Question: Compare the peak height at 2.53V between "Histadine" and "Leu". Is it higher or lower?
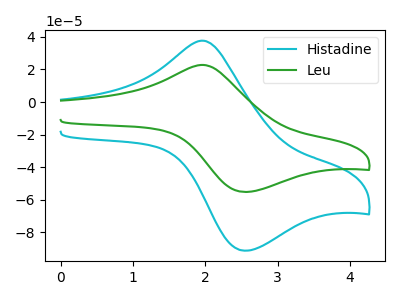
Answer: <think>The cyan curve "Histadine" has an anodic peak at (2.00V, 37.60uA) and a cathodic peak at (2.55V, -91.15uA). The green curve "Leu" has an anodic peak at (2.00V, 22.75uA) and a cathodic peak at (2.55V, -55.10uA).</think>
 <answer>The peak at 2.53V is higher in "Histadine" than in "Leu".</answer>
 <eval>higher</eval>